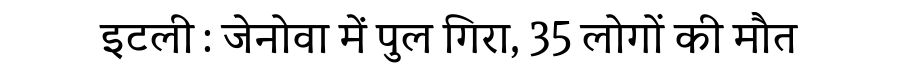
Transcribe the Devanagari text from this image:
इटली : जेनोवा में पुल गिरा, 35 लोगों की मौत